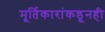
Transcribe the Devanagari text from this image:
मूर्तिकारांकडूनही